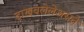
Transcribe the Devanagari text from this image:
दाखवलेलेअसते